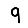
Digit: 9